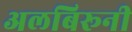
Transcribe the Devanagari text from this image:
अलबिरूनी